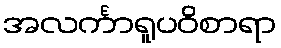
အလင်္ကာရူပဝိစာရာ